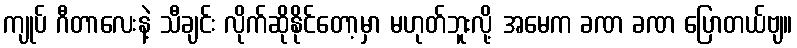
ကျုပ် ဂီတာလေးနဲ့ သီချင်း လိုက်ဆိုနိုင်တော့မှာ မဟုတ်ဘူးလို့ အမေက ခဏ ခဏ ပြောတယ်ဗျ။